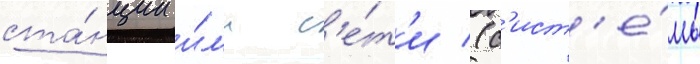
ста́нции и́л'и с'е́т'и (с'ист'е́мы